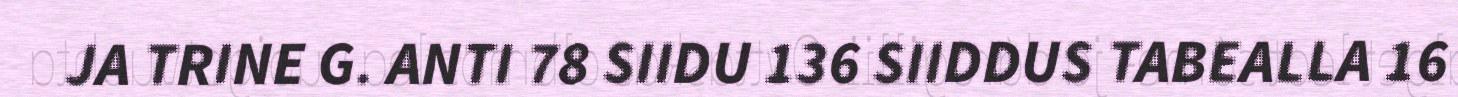
JA TRINE G. ANTI 78 SIIDU 136 SIIDDUS TABEALLA 16